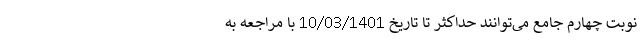
نوبت چهارم جامع می­توانند حداکثر تا تاریخ 10/03/1401 با مراجعه به